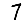
Digit: 7